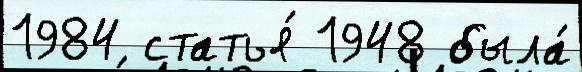
1984 статья́ 1948 была́